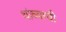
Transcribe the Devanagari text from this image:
थांब्याची